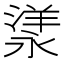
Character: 𣼁